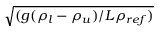
\sqrt { ( g ( \rho _ { l } - \rho _ { u } ) / L \rho _ { r e f } ) }